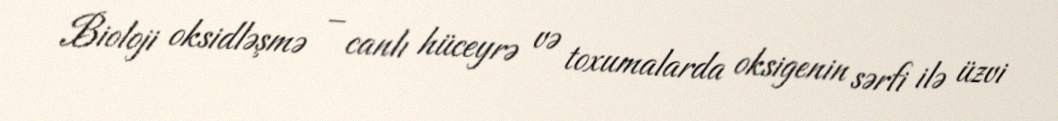
Bioloji oksidləşmə – canlı hüceyrə və toxumalarda oksigenin sərfi ilə üzvi